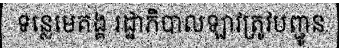
ទន្លេមេគង្គ រដ្ឋាភិបាលឡាវត្រូវបញ្ជូន